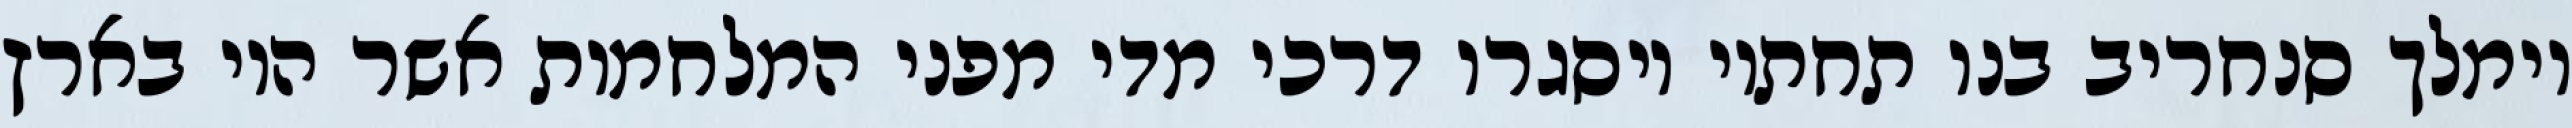
וימלך סנחריב בנו תחתיו ויסגרו דרכי מדי מפני המלחמות אשר היו בארץ